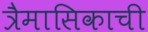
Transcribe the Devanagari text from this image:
त्रैमासिकाची